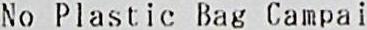
NO PLASTIC BAG CAMPAI